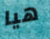
هيا